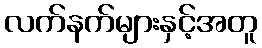
လက်နက်များနှင့်အတူ